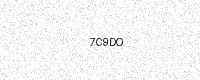
Text: 7C9DO